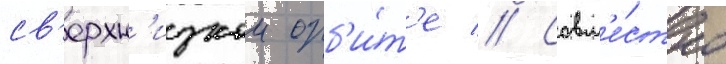
св'ерхн'изкои орб'и́т'е // Совм'е́стно